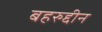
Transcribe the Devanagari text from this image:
बहरुद्दीन